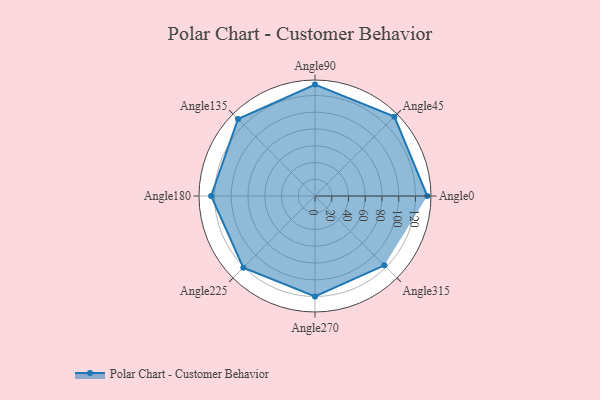
{"axis": {"x": "Angle", "y": "Radius"}, "legend": [""], "data": [{"x": "Angle0", "y": 134.0, "type": ""}, {"x": "Angle45", "y": 134.0, "type": ""}, {"x": "Angle90", "y": 133.0, "type": ""}, {"x": "Angle135", "y": 130.0, "type": ""}, {"x": "Angle180", "y": 124.0, "type": ""}, {"x": "Angle225", "y": 121.0, "type": ""}, {"x": "Angle270", "y": 120.0, "type": ""}, {"x": "Angle315", "y": 117.0, "type": ""}]}